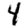
Digit: 4